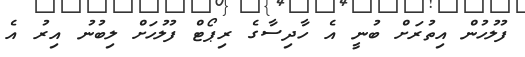
ފުލުހުން އިތުރަށް ބުނީ އެ ހާދިސާގެ ރިޕޯޓް ފުލުހަށް ލިބުނު އިރު އެ